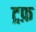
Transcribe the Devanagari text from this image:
ट्रफ़